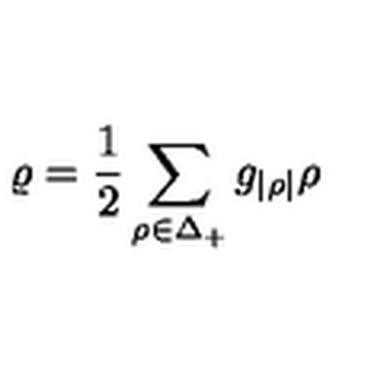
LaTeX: \varrho = { \frac { 1 } { 2 } } \sum _ { \rho \in \Delta _ { + } } g _ { | \rho | } \rho